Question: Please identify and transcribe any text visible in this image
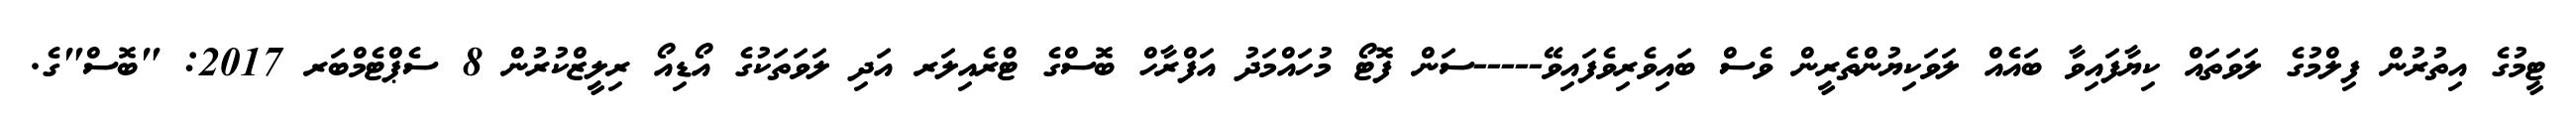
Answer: ޓީމުގެ އިތުރުން ފިލްމުގެ ލަވަތައް ކިޔާފައިވާ ބައެއް ލަވަކިޔުންތެރީން ވެސް ބައިވެރިވެފައިވޭ-----ސަން ފޮޓޯ މުހައްމަދު އަފްރާހް ބޮސްގެ ޓްރެއިލަރ އަދި ލަވަތަކުގެ އޯޑިއޯ ރިލީޒްކުރުން 8 ސެޕްޓެމްބަރ 2017: "ބޮސް"ގެ.